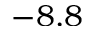
- 8 . 8